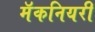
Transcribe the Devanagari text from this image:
मॅकनियरी